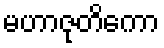
မဟာဇုတိကော